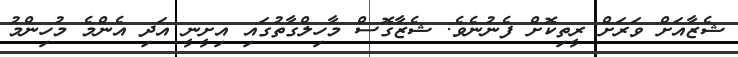
ޝެޒާއަށް ވަރަށް ރީތިކޮށް ފެނުނެވެ. ޝެޒާގޮސް މާހިލްގާތުގައި އިށީނީ އަދި އެންމެ މުހިންމު